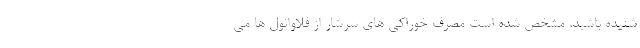
شنیده باشید. مشخص شده است مصرف خوراکی های سرشار از فلاوانول ها می